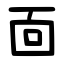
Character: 靣